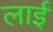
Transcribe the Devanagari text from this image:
लाईं